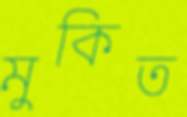
মুকিত